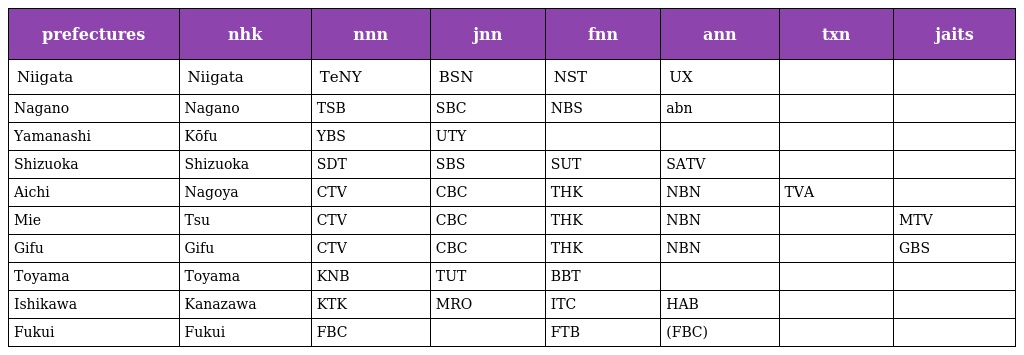
| prefectures | nhk | nnn | jnn | fnn | ann | txn | jaits |
 | --- | --- | --- | --- | --- | --- | --- | --- |
 | Niigata | Niigata | TeNY | BSN | NST | UX |  |  |
 | Nagano | Nagano | TSB | SBC | NBS | abn |  |  |
 | Yamanashi | Kōfu | YBS | UTY |  |  |  |  |
 | Shizuoka | Shizuoka | SDT | SBS | SUT | SATV |  |  |
 | Aichi | Nagoya | CTV | CBC | THK | NBN | TVA |  |
 | Mie | Tsu | CTV | CBC | THK | NBN |  | MTV |
 | Gifu | Gifu | CTV | CBC | THK | NBN |  | GBS |
 | Toyama | Toyama | KNB | TUT | BBT |  |  |  |
 | Ishikawa | Kanazawa | KTK | MRO | ITC | HAB |  |  |
 | Fukui | Fukui | FBC |  | FTB | (FBC) |  |  |